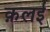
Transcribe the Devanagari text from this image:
क़लई